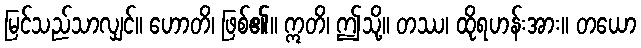
မြင်သည်သာလျှင်။ ဟောတိ၊ ဖြစ်၏။ ဣတိ၊ ဤသို့။ တဿ၊ ထိုရဟန်းအား။ တယော